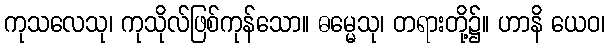
ကုသလေသု၊ ကုသိုလ်ဖြစ်ကုန်သော။ ဓမ္မေသု၊ တရားတို့၌။ ဟာနိ ယေဝ၊